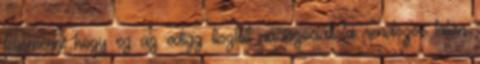
felismerni hogy ez az edigg tisztelt náciszocialista rendszer talán